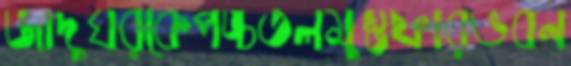
জাদুঘরকেপঙ্চতলমুস্তফারভবন